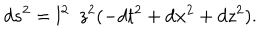
d s ^ { 2 } = l ^ { 2 } / z ^ { 2 } ( - d t ^ { 2 } + d { \bf x } ^ { 2 } + d z ^ { 2 } ) .